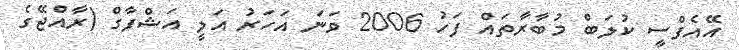
އޭއެފްސީ ކުލަބް މުބާރާތައް ފަހު 2006 ވަނަ އަހަރު އަލީ އަޝްފާގް (ރާއްޖޭގެ